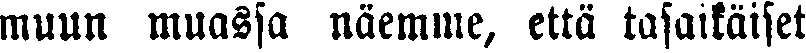
muun muassa näemme, että tasaikäiset